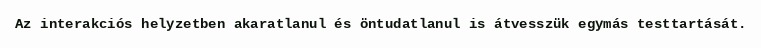
Az interakciós helyzetben akaratlanul és öntudatlanul is átvesszük egymás testtartását.